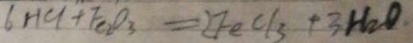
6 H C l + F e _ { 2 } O _ { 3 } = 2 F e C l _ { 3 } + 3 H _ { 2 } O .